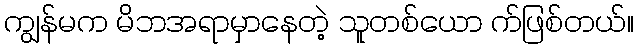
ကျွန်မက မိဘအရာမှာနေတဲ့ သူတစ်ယော က်ဖြစ်တယ်။